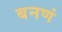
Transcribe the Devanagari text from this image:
बनणं